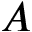
A